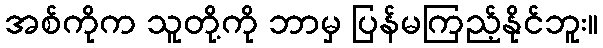
အစ်ကိုက သူတို့ကို ဘာမှ ပြန်မကြည့်နိုင်ဘူး။